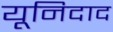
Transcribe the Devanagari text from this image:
यूनिदाद